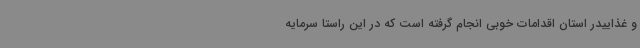
و غذاییدر استان اقدامات خوبی انجام گرفته است که در این راستا سرمایه